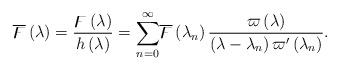
LaTeX: \begin{align*}\overline{\digamma }\left( \lambda \right) =\frac{\digamma \left( \lambda\right) }{h\left( \lambda \right) }=\overset{\infty }{\underset{n=0}{\sum }}\overline{\digamma }\left( \lambda _{n}\right) \frac{\varpi \left( \lambda\right) }{\left( \lambda -\lambda _{n}\right) \varpi ^{\prime }\left(\lambda _{n}\right) }. \end{align*}